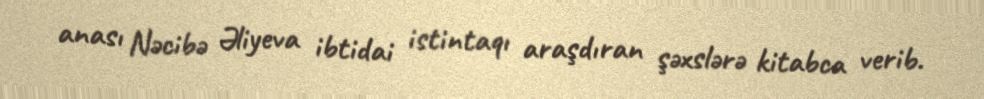
anası Nəcibə Əliyeva ibtidai istintaqı araşdıran şəxslərə kitabca verib.